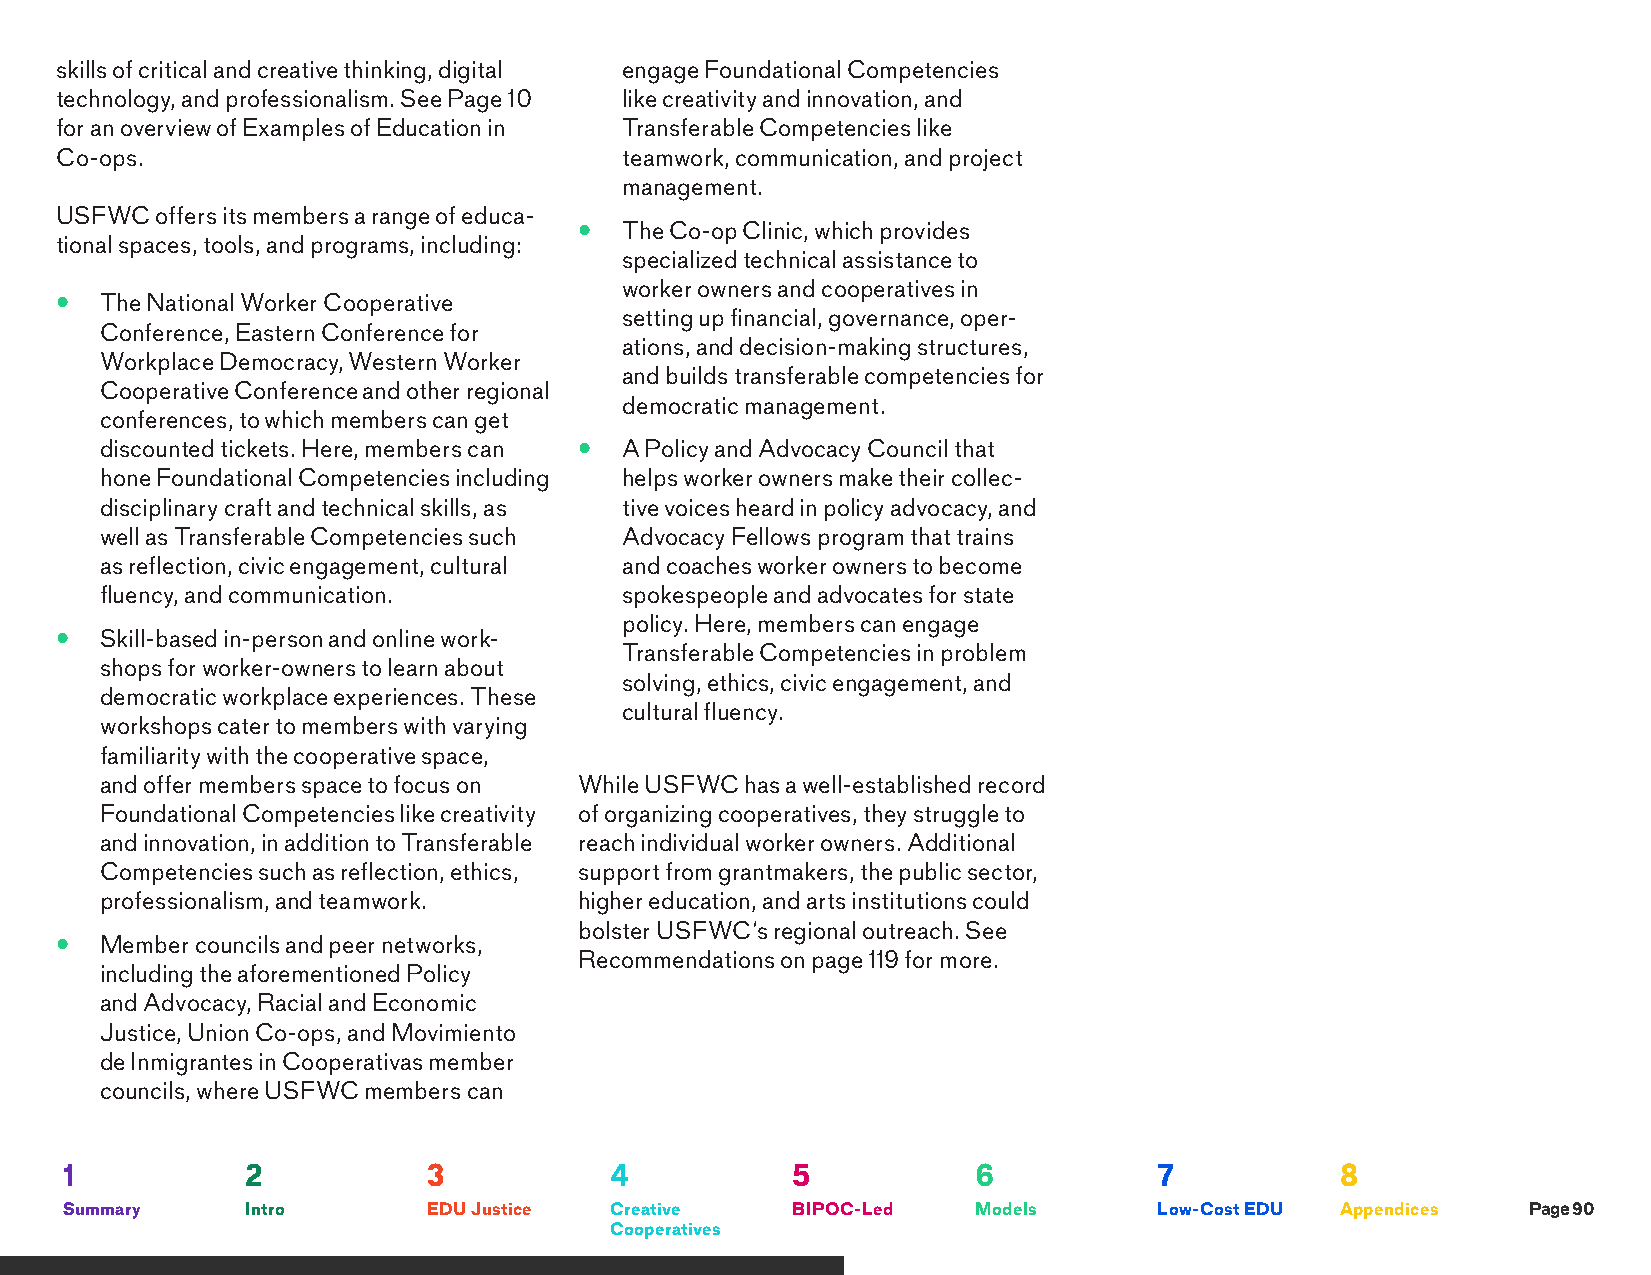
skills of critical and creative thinking, digital engage Foundational Competencies
 technology, and professionalism. See Page 10 like creativity and innovation, and
 for an overview of Examples of Education in Transferable Competencies like
 Co-ops.                              teamwork, communication, and project
 management.
 USFWC offers its members a range of educa-
 •  The Co-op Clinic, which provides
 tional spaces, tools, and programs, including:
 specialized technical assistance to
 worker owners and cooperatives in
 •  The National Worker Cooperative
 setting up financial, governance, oper-
 Conference, Eastern Conference for
 ations, and decision-making structures,
 Workplace Democracy, Western Worker
 and builds transferable competencies for
 Cooperative Conference and other regional
 democratic management.
 conferences, to which members can get
 discounted tickets. Here, members can • A Policy and Advocacy Council that
 hone Foundational Competencies including helps worker owners make their collec-
 disciplinary craft and technical skills, as tive voices heard in policy advocacy, and
 well as Transferable Competencies such Advocacy Fellows program that trains
 as reflection, civic engagement, cultural and coaches worker owners to become
 fluency, and communication.       spokespeople and advocates for state
 policy. Here, members can engage
 •  Skill-based in-person and online work-
 Transferable Competencies in problem
 shops for worker-owners to learn about
 solving, ethics, civic engagement, and
 democratic workplace experiences. These
 cultural fluency.
 workshops cater to members with varying
 familiarity with the cooperative space,
 and offer members space to focus on While USFWC has a well-established record
 Foundational Competencies like creativity of organizing cooperatives, they struggle to
 and innovation, in addition to Transferable reach individual worker owners. Additional
 Competencies such as reflection, ethics, support from grantmakers, the public sector,
 professionalism, and teamwork. higher education, and arts institutions could
 bolster USFWC’s regional outreach. See
 •  Member councils and peer networks,
 Recommendations on page 119 for more.
 including the aforementioned Policy
 and Advocacy, Racial and Economic
 Justice, Union Co-ops, and Movimiento
 de Inmigrantes in Cooperativas member
 councils, where USFWC members can
 1           2           3           4           5            6           7           8
 Summary     Intro       EDU Justice Creative    BIPOC-Led    Models      Low-Cost EDU Appendices Page 90
 Cooperatives